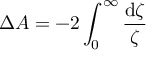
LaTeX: \Delta { \cal A } = - 2 \int _ { 0 } ^ { \infty } \frac { \mathrm { d } \zeta } { \zeta }